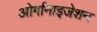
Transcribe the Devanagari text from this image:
ओर्गानाइजेशन